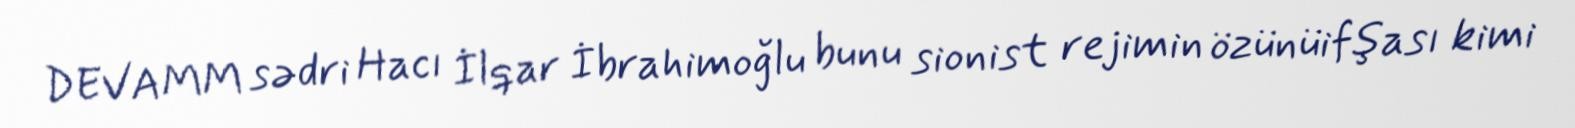
DEVAMM sədri Hacı İlqar İbrahimoğlu bunu sionist rejimin özünüifşası kimi